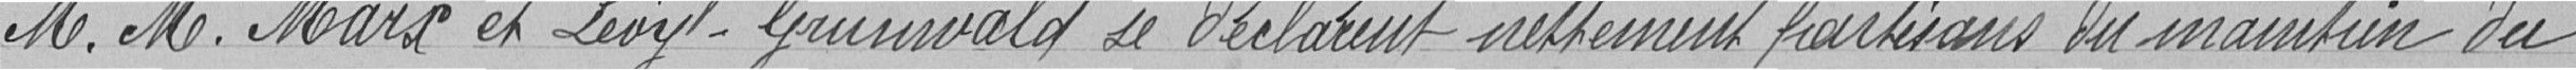
M.M.Marx et Lévy-Grunewald se déclarent nettement partisans du maintien du